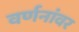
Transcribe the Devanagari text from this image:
वर्णनांवर